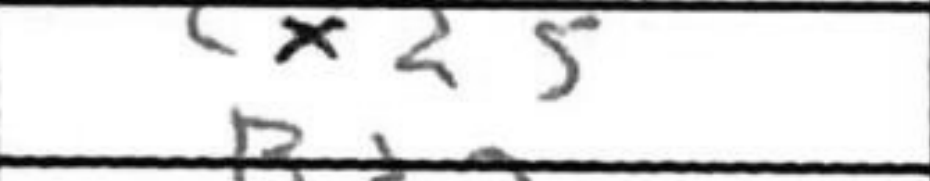
Transcription: exd5